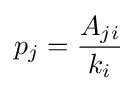
p_{j}={A_{ji} \over k_{i}}